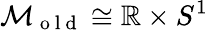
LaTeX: \mathcal{M}_{\mathrm{~o~l~d~}}\cong\mathbb{R}\times S^{1}